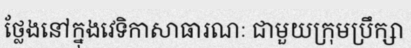
ថ្លែងនៅក្នុងវេទិកាសាធារណៈ ជាមួយក្រុមប្រឹក្សា